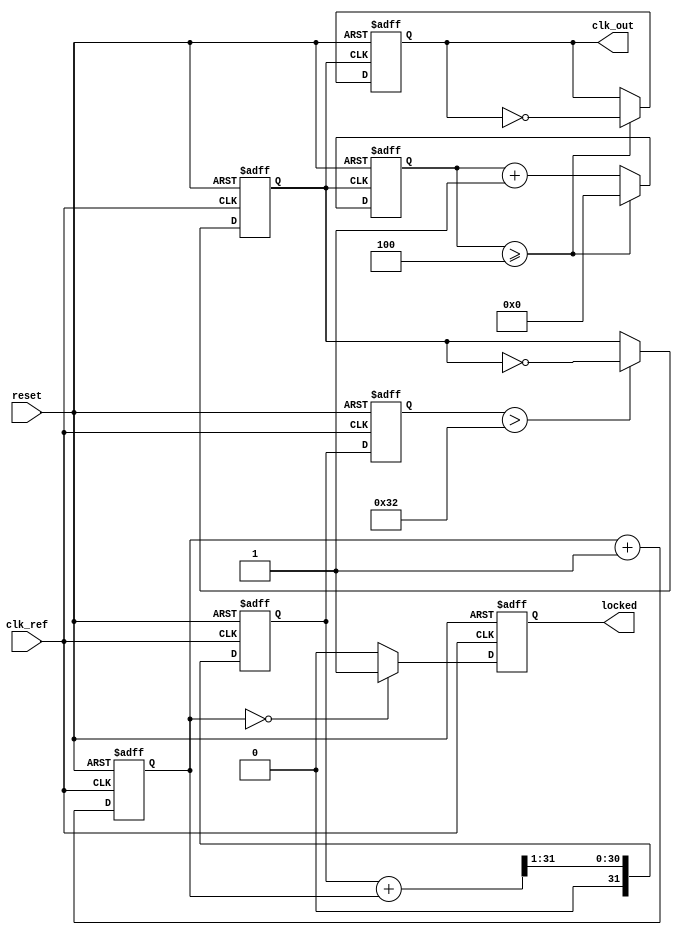
module PLL (
    input wire clk_ref,         // Reference clock input
    input wire reset,           // Active high reset
    output reg clk_out,         // Output clock
    output reg locked           // Lock status output
);

    // Parameters for PLL
    parameter integer DIV_FACTOR = 4; // Frequency division factor
    parameter integer VCO_FREQ = 100;  // VCO frequency in MHz (example)
    
    // Internal signals
    reg [31:0] phase_error;          // Phase error signal
    reg [31:0] filtered_error;       // Filtered phase error
    reg [31:0] vco_control_voltage;  // Control voltage for VCO
    reg [31:0] counter;              // Counter for frequency division
    reg vco_clk;                    // VCO output clock
    reg [1:0] state;                 // State for lock detection

    // Phase Detector (PD)
    always @(posedge clk_ref or posedge reset) begin
        if (reset) begin
            phase_error <= 0;
        end else begin
            // Simple phase error detection (placeholder for actual logic)
            phase_error <= phase_error + 1; // Example phase error increment
        end
    end

    // Low-Pass Filter (LPF)
    always @(posedge clk_ref or posedge reset) begin
        if (reset) begin
            filtered_error <= 0;
        end else begin
            // Simple low-pass filter (placeholder for actual logic)
            filtered_error <= (filtered_error + phase_error) >> 1; // Average
        end
    end

    // Voltage-Controlled Oscillator (VCO)
    always @(posedge clk_ref or posedge reset) begin
        if (reset) begin
            vco_control_voltage <= 0;
            vco_clk <= 0;
        end else begin
            vco_control_voltage <= filtered_error; // Control voltage derived from LPF
            if (vco_control_voltage > (VCO_FREQ/2)) begin
                vco_clk <= ~vco_clk; // Toggle VCO clock based on control voltage
            end
        end
    end

    // Frequency Divider
    always @(posedge vco_clk or posedge reset) begin
        if (reset) begin
            counter <= 0;
            clk_out <= 0;
        end else begin
            counter <= counter + 1;
            if (counter >= DIV_FACTOR) begin
                counter <= 0;
                clk_out <= ~clk_out; // Divide the frequency
            end
        end
    end

    // Feedback and Lock Detection Logic
    always @(posedge clk_ref or posedge reset) begin
        if (reset) begin
            locked <= 0;
            state <= 0;
        end else begin
            // Simple lock detection (placeholder for actual logic)
            if (phase_error == 0) begin
                locked <= 1; // Indicate lock status
                state <= state + 1;
            end else begin
                locked <= 0;
                state <= 0;
            end
        end
    end

endmodule